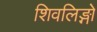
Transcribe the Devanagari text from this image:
शिवलिङ्गो